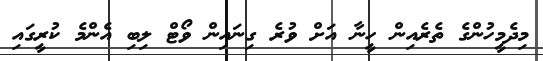
މިދެމީހުންގެ ތެރެއިން ހީނާ އަށް ވުރެ ގިނައިން ވޯޓް ލިބި އެންމެ ކުރީގައި